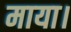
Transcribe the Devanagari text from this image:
माया।